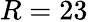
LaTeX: R=23